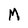
Character: M